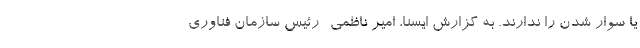
یا سوار شدن را ندارند. به گزارش ایسنا، امیر ناظمی -رئیس سازمان فناوری‌